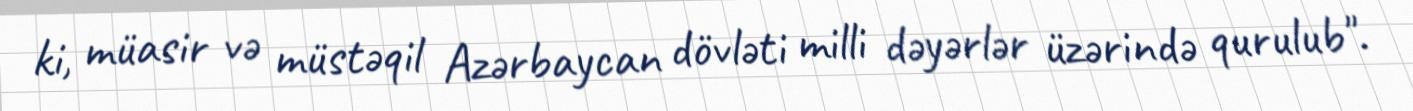
ki, müasir və müstəqil Azərbaycan dövləti milli dəyərlər üzərində qurulub".